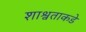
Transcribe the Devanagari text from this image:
शाश्वताकडे